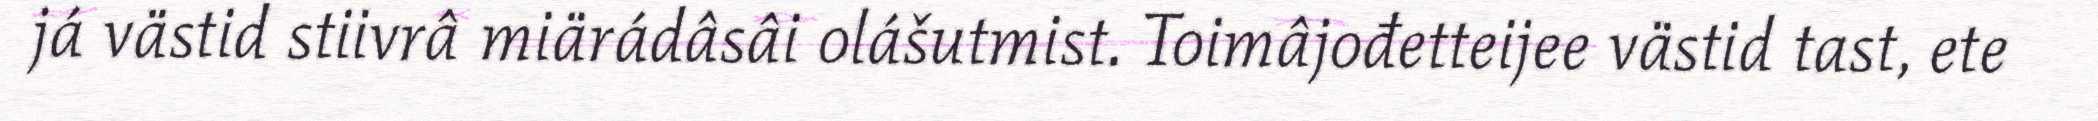
já västid stiivrâ miärádâsâi olášutmist. Toimâjođetteijee västid tast, ete